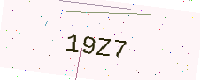
Text: 19Z7